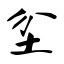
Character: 坌